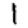
Digit: 1